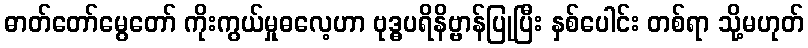
ဓာတ်တော်မွေတော် ကိုးကွယ်မှုဓလေ့ဟာ ဗုဒ္ဓပရိနိဗ္ဗာန်ပြုပြီး နှစ်ပေါင်း တစ်ရာ သို့မဟုတ်